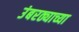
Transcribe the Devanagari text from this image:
उंबरठ्याच्या